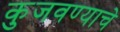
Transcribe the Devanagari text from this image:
कुजवण्याचे